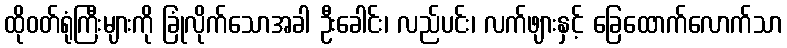
ထိုဝတ်ရုံကြီးများကို ခြုံလိုက်သောအခါ ဦးခေါင်း၊ လည်ပင်း၊ လက်ဖျားနှင့် ခြေထောက်လောက်သာ